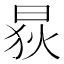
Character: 𱢃